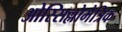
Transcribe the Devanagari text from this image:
ओस्सिल्लोमेत्रिक